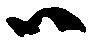
ハ